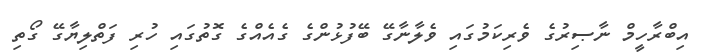
އިބްރާހީމް ނާޞިރުގެ ވެރިކަމުގައި ވެލާނާގޭ ބޭފުޅުންގެ ގެއެއްގެ ގޮތުގައި ހުރި ފަތްލިޔާގޭ ގޯތި